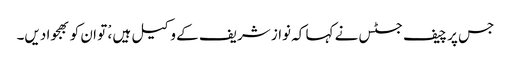
جس پر چیف جسٹس نے کہا کہ نواز شریف کے وکیل ہیں ،ْ تو ان کو بھجوا دیں۔